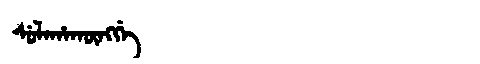
Manchu: ᠰᡠᠯᠠᡥᠠᡴᡡᠩᡤᡝ
Romanization: SULAHAKŪNGGE